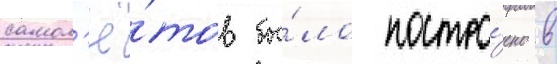
самол'ё́тов бы́ло постро́ено в